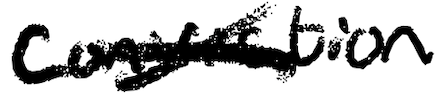
Text: conviction
Cross-out: mix
Writing tool: digital_black